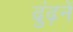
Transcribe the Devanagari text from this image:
ढुंढ़नें